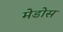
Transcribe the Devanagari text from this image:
मेडोस